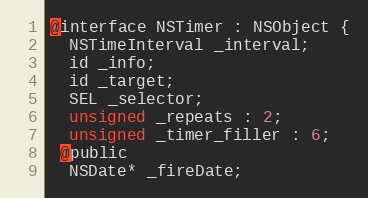
Language: C
@interface NSTimer : NSObject {
  NSTimeInterval _interval;
  id _info;
  id _target;
  SEL _selector;
  unsigned _repeats : 2;
  unsigned _timer_filler : 6;
 @public
  NSDate* _fireDate;